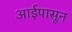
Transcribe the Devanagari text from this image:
आईपासून